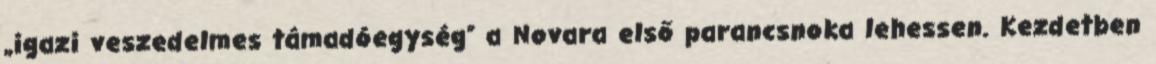
„igazi veszedelmes támadóegység” a Novara első parancsnoka lehessen. Kezdetben